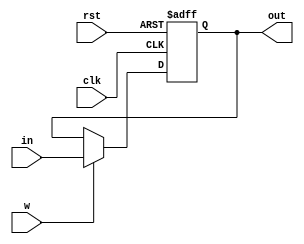
module ACC(
  input [15:0] in, //datele primite
  input clk,rst,w, //enable pt write
  output reg [15:0] out); //scriem datele primite
  
  always @(negedge clk, negedge rst)
  begin
     if (!rst) begin
        out <= 16'd0;
     end   
   else if (w) begin //daca avem enable pt write
        out <= in; //scriem datele primite in registru
   end
  end
  
endmodule